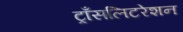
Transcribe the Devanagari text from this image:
ट्राँसलिटरेशन